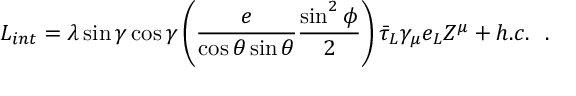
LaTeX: { \cal L } _ { i n t } = \lambda \sin \gamma \cos \gamma \left( \frac { e } { \cos \theta \sin \theta } \frac { \sin ^ { 2 } \phi } { 2 } \right) { \bar { \tau } } _ { L } { \gamma } _ { \mu } e _ { L } Z ^ { \mu } + h . c . ~ ~ .